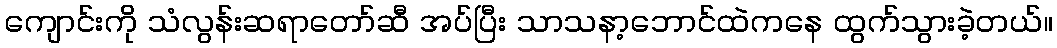
ကျောင်းကို သံလွန်းဆရာတော်ဆီ အပ်ပြီး သာသနာ့ဘောင်ထဲကနေ ထွက်သွားခဲ့တယ်။